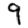
Digit: 9